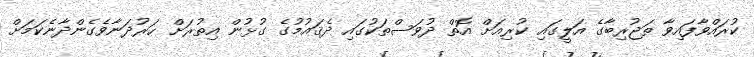
ކުރައްވާފައިވާ ތަޖުރިބާގެ އަލީގައި ކުރިއަށް އޮތް ދުވަސްތަކުގައި ދެޤައުމުގެ ގުޅުން އިތުރަށް ހަރުދަނާވެގެންދާނެކަމަށް